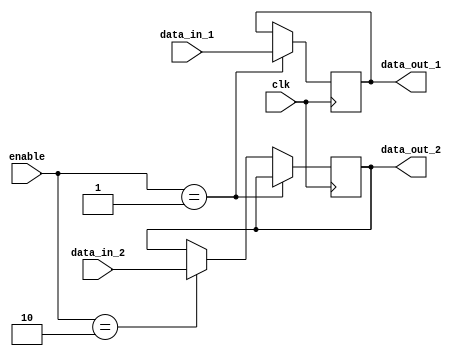
module reg8b_2_2 (clk, enable, data_in_1, data_in_2, data_out_1, data_out_2);
parameter DATA_WIDTH = 8;
input clk;
input [1:0] enable;
input [(DATA_WIDTH-1):0] data_in_1, data_in_2;
output reg [(DATA_WIDTH-1):0] data_out_1, data_out_2;

    always @ (posedge clk)
    begin
        if(enable == 2'b01) begin
            data_out_1 = data_in_1;
        end else if(enable == 2'b10) begin
            data_out_2 = data_in_2;
        end
    end
endmodule   // reg 8 bits duplo